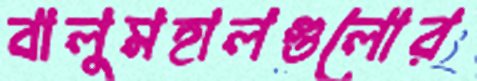
বালুমহালগুলোর